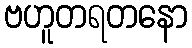
ဗဟူတရတနော